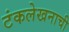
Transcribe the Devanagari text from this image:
टंकलेखनाची